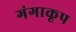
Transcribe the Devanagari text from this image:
गंगाकूप